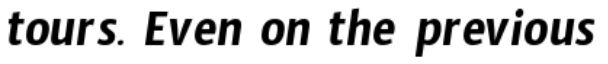
tours. Even on the previous